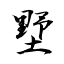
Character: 墅